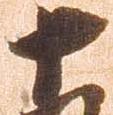
十